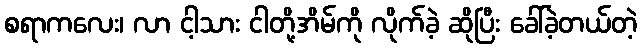
စရာကလေး၊ လာ ငါ့သား ငါတို့အိမ်ကို လိုက်ခဲ့ ဆိုပြီး ခေါ်ခဲ့တယ်တဲ့